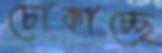
চোকাচ্ছে